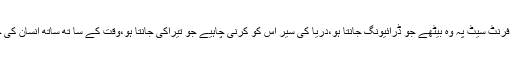
ہمارے استاد کہا کرتے تھے کہ گاڑی کی فرنٹ سیٹ پہ وہ بیٹھے جو ڈرائیونگ جانتا ہو،دریا کی سیر اس کو کرنی چاہیے جو تیراکی جانتا ہو،وقت کے سا تھ ساتھ انسان کی جدید علوم و فنون سے آگاہی ضروری ہے ۔